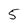
Character: 5